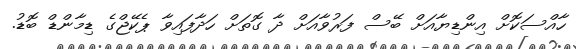
ހާއްސަކޮށް އިންޑިޔާއަށް ބޭސް ފަރުވާއަށް ދާ ގޮތަށް ހަދާފައިވާ ޕެކޭޖްގެ ޑިމާންޑް ބޮޑު.